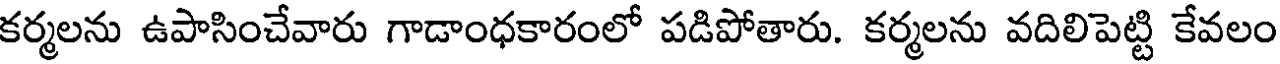
కర్మలను ఉపాసించేవారు గాడాంధకారంలో పడిపోతారు. కర్మలను వదిలిపెట్టి కేవలం